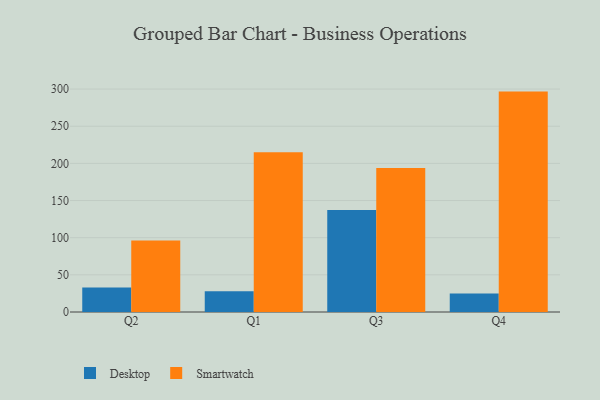
{"axis": {"x": "Quarter", "y": "Demand Index"}, "legend": ["Desktop", "Smartwatch"], "data": [{"x": "Q2", "y": 33.1, "type": "Desktop"}, {"x": "Q2", "y": 96.2, "type": "Smartwatch"}, {"x": "Q1", "y": 28.0, "type": "Desktop"}, {"x": "Q1", "y": 215.0, "type": "Smartwatch"}, {"x": "Q3", "y": 137.1, "type": "Desktop"}, {"x": "Q3", "y": 193.8, "type": "Smartwatch"}, {"x": "Q4", "y": 25.0, "type": "Desktop"}, {"x": "Q4", "y": 296.6, "type": "Smartwatch"}]}